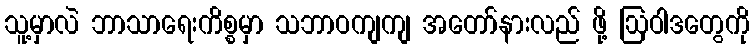
သူ့မှာလဲ ဘာသာရေးကိစ္စမှာ သဘာဝကျကျ အတော်နားလည် ဖို့ ဩဝါဒတွေကို